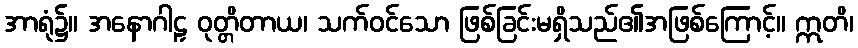
အာရုံ၌။ အနောဂါဠှ ဝုတ္တိတာယ၊ သက်ဝင်သော ဖြစ်ခြင်းမရှိသည်၏အဖြစ်ကြောင့်။ ဣတိ၊